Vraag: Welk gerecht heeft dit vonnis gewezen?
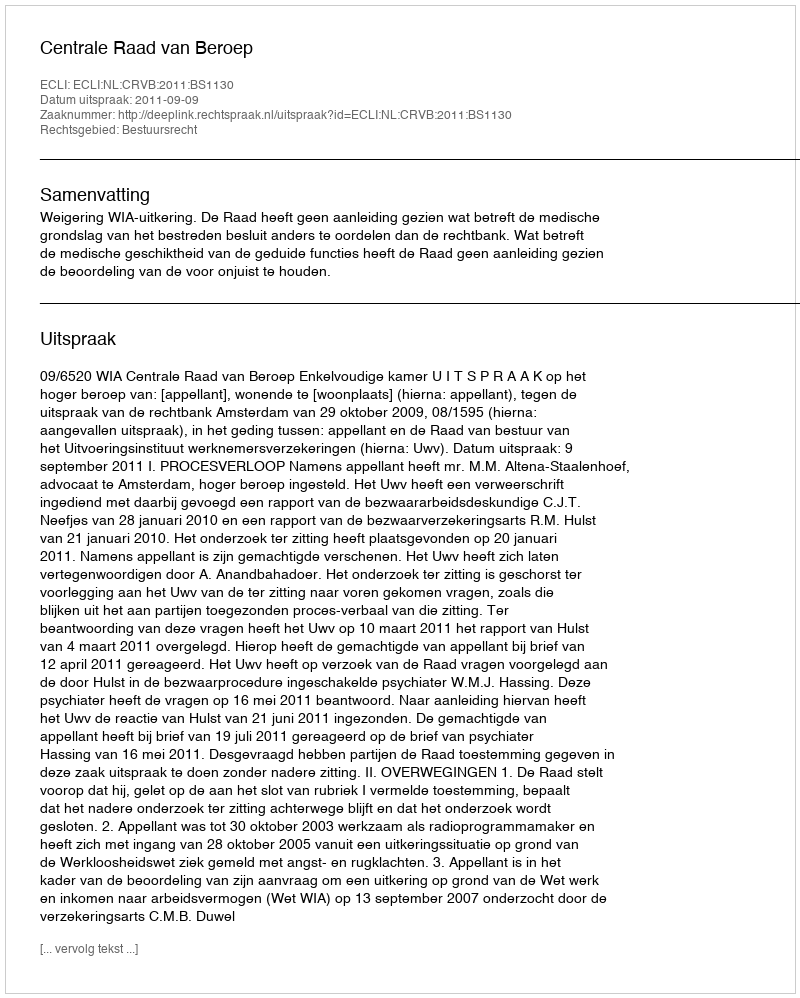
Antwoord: Centrale Raad van Beroep